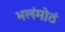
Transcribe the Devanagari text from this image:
भलंमोठं